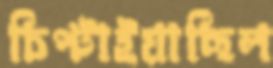
চিপ্‌টাইয়াছিল